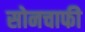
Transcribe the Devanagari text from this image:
सोनचाफी